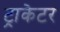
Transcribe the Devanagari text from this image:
ट्राकेटर